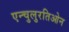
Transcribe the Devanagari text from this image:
एन्चुलुरतिओन